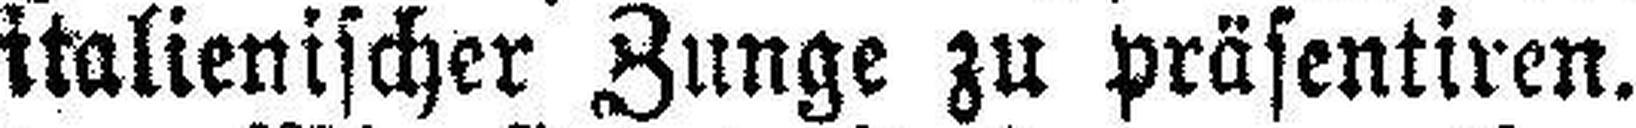
italienischer Zunge zu präsentiren.